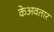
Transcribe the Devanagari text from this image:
केअवतार